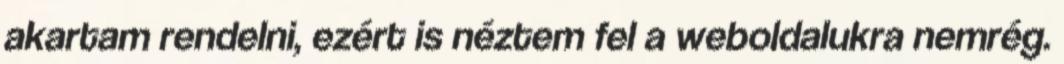
akartam rendelni, ezért is néztem fel a weboldalukra nemrég.